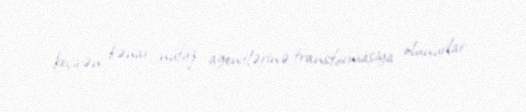
keçirən kənar nüfuz agentlərinə transformasiya olunurlar.